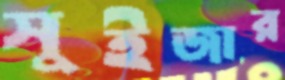
সুইজার